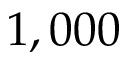
1 , 0 0 0